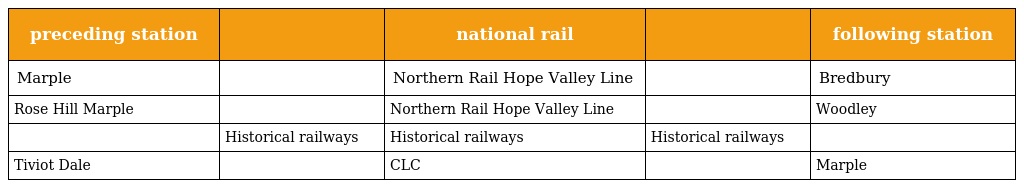
| preceding station |  | national rail |  | following station |
 | --- | --- | --- | --- | --- |
 | Marple |  | Northern Rail Hope Valley Line |  | Bredbury |
 | Rose Hill Marple |  | Northern Rail Hope Valley Line |  | Woodley |
 |  | Historical railways | Historical railways | Historical railways |  |
 | Tiviot Dale |  | CLC |  | Marple |